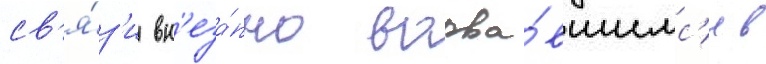
св'я́з'и вн'еза́пно ворва́вшимс'я в